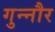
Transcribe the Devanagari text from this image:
गुन्‍नौर